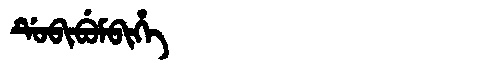
Manchu: ᡩᡠᠪᡳᠪᡠᠮᠪᡳᡥᡝ
Romanization: DUBIBUMBIHE